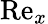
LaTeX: \mathrm{Re}_{x}